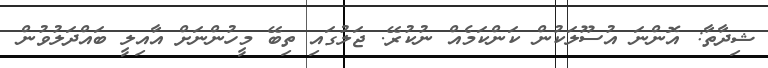
ޝިދާތާ: އޮންނަ އުސޫލަކުން ކަންކަމެއް ނުކުރޭ. ޖަލުގައި ތިބޭ މީހުންނަށް އާއިލީ ބައްދަލުވުން